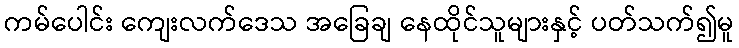
ကမ်ပေါင်း ကျေးလက်ဒေသ အခြေချ နေထိုင်သူများနှင့် ပတ်သက်၍မူ